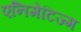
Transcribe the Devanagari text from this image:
एनिमेटिज्म